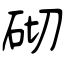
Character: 砌